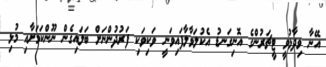
އޭނާ ވިދާޅުވީ ޓީޗަރުންގެ އޮނިގަނޑު އެކުލަވާލާފައިވަނީ ވަކިވަކި ފަރުދުންނަށް ބަލައިގެން ނޫންކަމަށާއި މުޅި